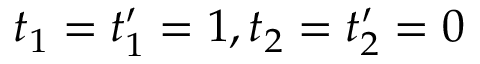
t _ { 1 } = t _ { 1 } ^ { \prime } = 1 , t _ { 2 } = t _ { 2 } ^ { \prime } = 0